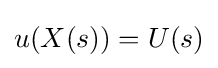
u(X(s))=U(s)